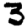
Digit: 3